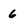
Character: 6